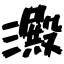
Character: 澱